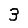
Digit: 3